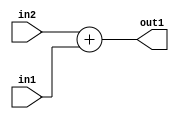
`timescale 1ps / 1ps
/*****************************************************************************
    Verilog RTL Description
    
    
    Created by: Stratus DpOpt 2019.1.01 
*******************************************************************************/

module SobelFilter_Add_11Ux10U_11U_4 (
	in2,
	in1,
	out1
	); /* architecture "behavioural" */ 
input [10:0] in2;
input [9:0] in1;
output [10:0] out1;
wire [10:0] asc001;

assign asc001 = 
	+(in2)
	+(in1);

assign out1 = asc001;
endmodule

/* CADENCE  urnySQ0= : u9/ySgnWtBlWxVPRXgAZ4Og= ** DO NOT EDIT THIS LINE ******/